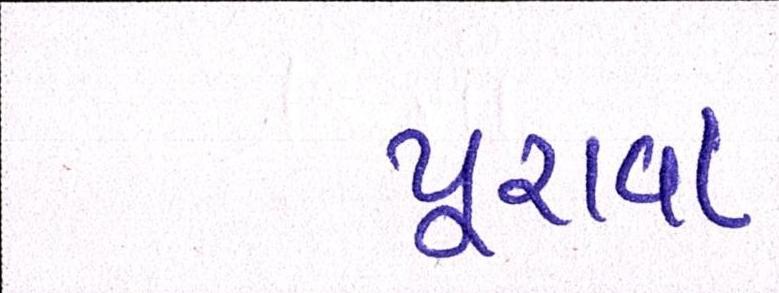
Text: પૂરાવા